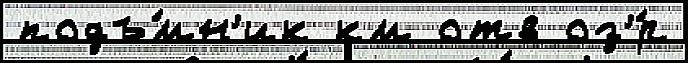
подъ́мн'ик км отв оз'́р